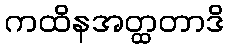
ကထိနအတ္ထတာဒိ